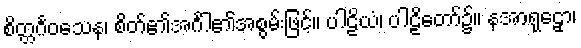
စိတ္တင်္ဂဝသေန၊ စိတ်၏အင်္ဂါ၏အစွမ်းဖြင့်။ ပါဠိယံ၊ ပါဠိတော်၌။ နအာရုဠှော၊